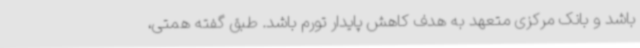
باشد و بانک مرکزی متعهد به هدف کاهش پایدار تورم باشد. طبق گفته همتی،